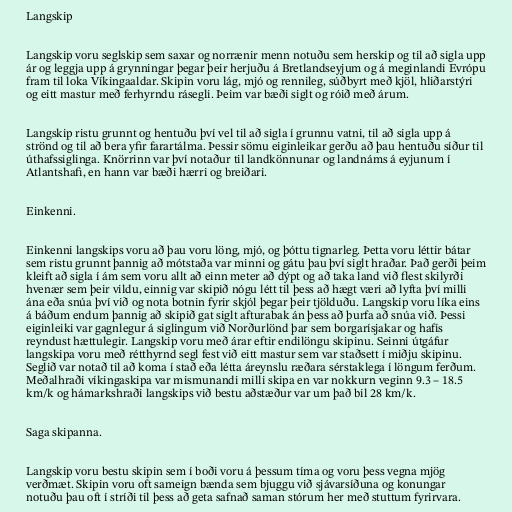
Langskip

Langskip voru seglskip sem saxar og norrænir menn notuðu sem herskip og til að sigla upp
ár og leggja upp á grynningar þegar þeir herjuðu á Bretlandseyjum og á meginlandi Evrópu
fram til loka Víkingaaldar. Skipin voru lág, mjó og rennileg, súðbyrt með kjöl, hliðarstýri
og eitt mastur með ferhyrndu rásegli. Þeim var bæði siglt og róið með árum.

Langskip ristu grunnt og hentuðu því vel til að sigla í grunnu vatni, til að sigla upp á
strönd og til að bera yfir farartálma. Þessir sömu eiginleikar gerðu að þau hentuðu síður til
úthafssiglinga. Knörrinn var því notaður til landkönnunar og landnáms á eyjunum í
Atlantshafi, en hann var bæði hærri og breiðari.

Einkenni.

Einkenni langskips voru að þau voru löng, mjó, og þóttu tignarleg. Þetta voru léttir bátar
sem ristu grunnt þannig að mótstaða var minni og gátu þau því siglt hraðar. Það gerði þeim
kleift að sigla í ám sem voru allt að einn meter að dýpt og að taka land við flest skilyrði
hvenær sem þeir vildu, einnig var skipið nógu létt til þess að hægt væri að lyfta því milli
ána eða snúa því við og nota botnin fyrir skjól þegar þeir tjölduðu. Langskip voru líka eins
á báðum endum þannig að skipið gat siglt afturabak án þess að þurfa að snúa við. Þessi
eiginleiki var gagnlegur á siglingum við Norðurlönd þar sem borgarísjakar og hafís
reyndust hættulegir. Langskip voru með árar eftir endilöngu skipinu. Seinni útgáfur
langskipa voru með rétthyrnd segl fest við eitt mastur sem var staðsett í miðju skipinu.
Seglið var notað til að koma í stað eða létta áreynslu ræðara sérstaklega í löngum ferðum.
Meðalhraði víkingaskipa var mismunandi milli skipa en var nokkurn veginn 9.3 – 18.5
km/k og hámarkshraði langskips við bestu aðstæður var um það bil 28 km/k.

Saga skipanna.

Langskip voru bestu skipin sem í boði voru á þessum tíma og voru þess vegna mjög
verðmæt. Skipin voru oft sameign bænda sem bjuggu við sjávarsíðuna og konungar
notuðu þau oft í stríði til þess að geta safnað saman stórum her með stuttum fyrirvara.